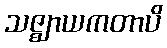
သဇ္ဈာယကတာပိ